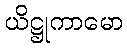
ယိဋ္ဌုကာမော